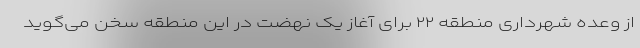
از وعده شهرداری منطقه ۲۲ برای آغاز یک نهضت در این منطقه سخن می‌گوید